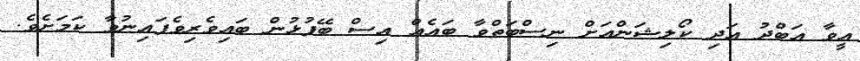
އީވާ އަބްދު އަދި ކޯލިޝަންއަށް ނިސްބަތްވާ ބައެއް އިސް ބޭފުޅުން ބައިވެރިވެފައިނުވާ ކަމަށެވެ.